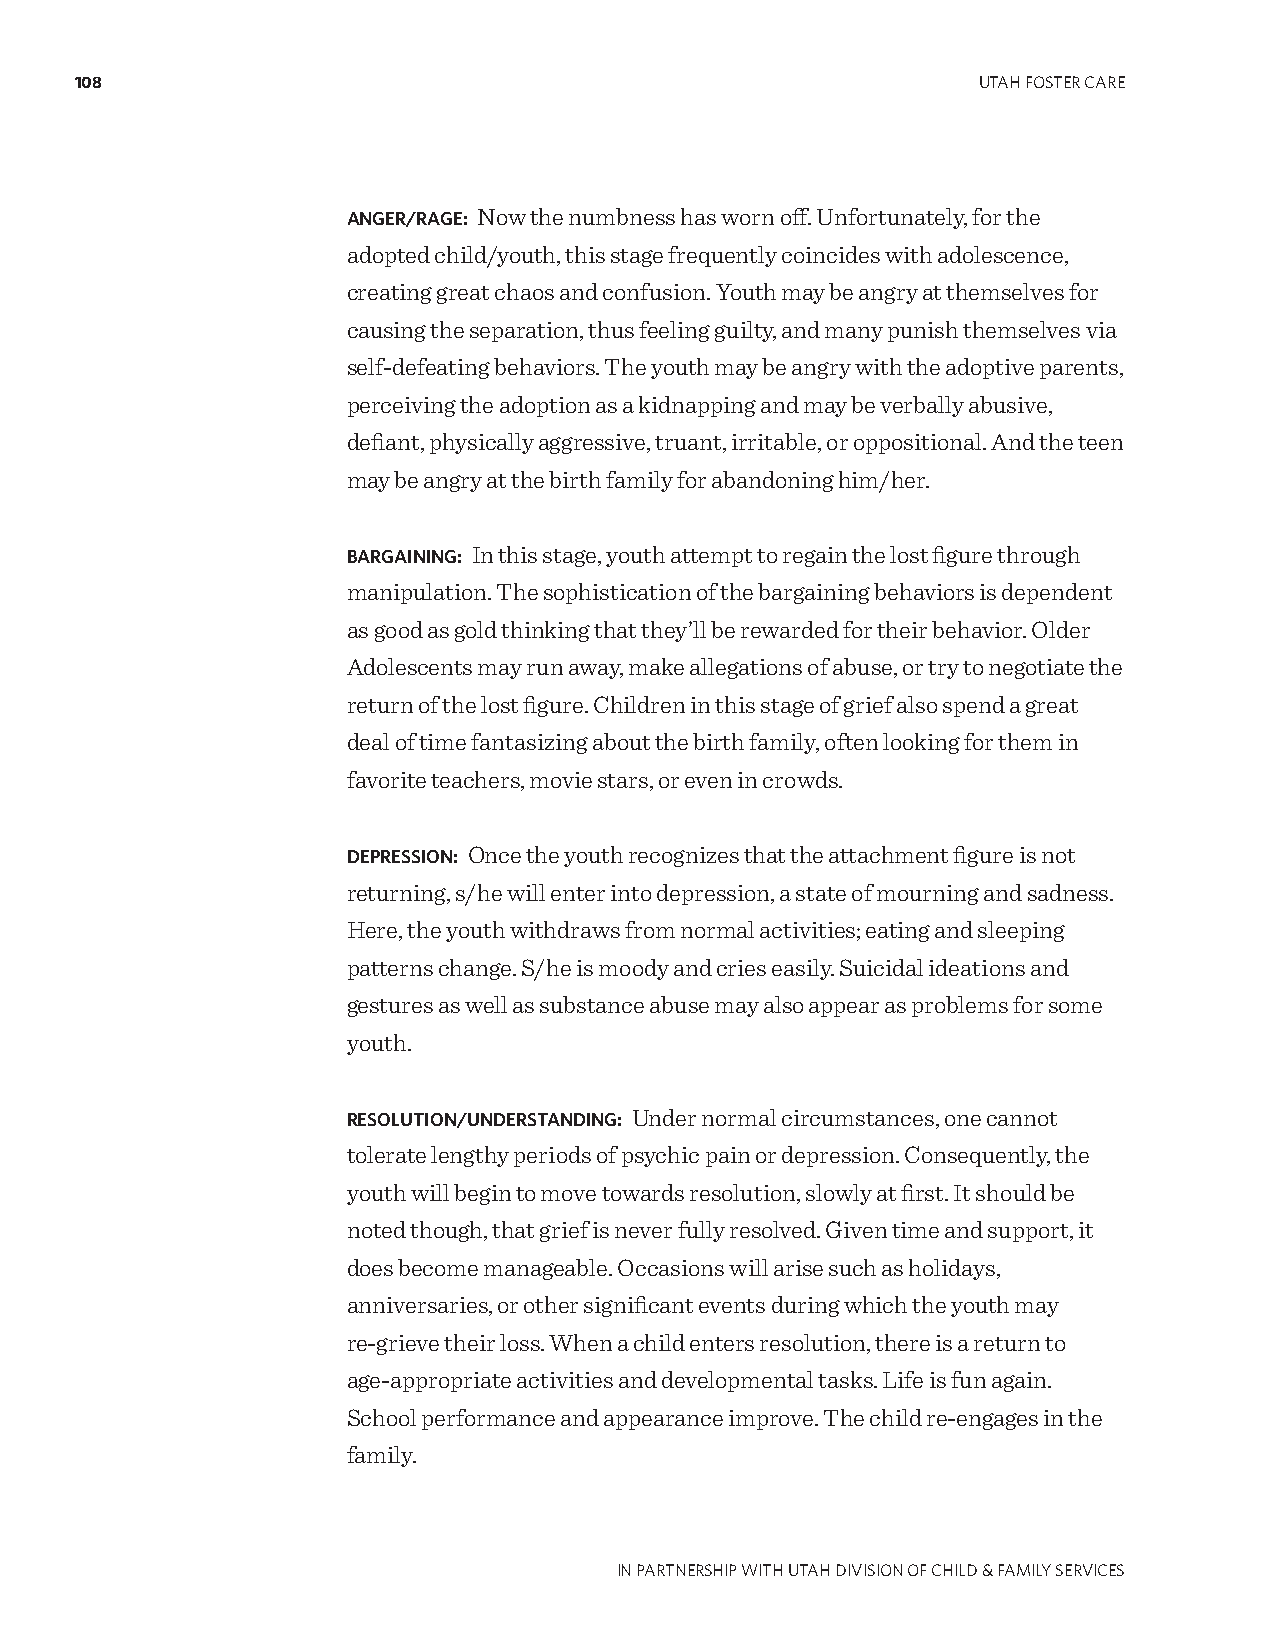
108                                                         UTAH FOSTER CARE
 ANGER/RAGE: Now the numbness has worn off. Unfortunately, for the
 adopted child/youth, this stage frequently coincides with adolescence,
 creating great chaos and confusion. Youth may be angry at themselves for
 causing the separation, thus feeling guilty, and many punish themselves via
 self-defeating behaviors. The youth may be angry with the adoptive parents,
 perceiving the adoption as a kidnapping and may be verbally abusive,
 defiant, physically aggressive, truant, irritable, or oppositional. And the teen
 may be angry at the birth family for abandoning him/her.
 BARGAINING: In this stage, youth attempt to regain the lost figure through
 manipulation. The sophistication of the bargaining behaviors is dependent
 as good as gold thinking that they’ll be rewarded for their behavior. Older
 Adolescents may run away, make allegations of abuse, or try to negotiate the
 return of the lost figure. Children in this stage of grief also spend a great
 deal of time fantasizing about the birth family, often looking for them in
 favorite teachers, movie stars, or even in crowds.
 DEPRESSION: Once the youth recognizes that the attachment figure is not
 returning, s/he will enter into depression, a state of mourning and sadness.
 Here, the youth withdraws from normal activities; eating and sleeping
 patterns change. S/he is moody and cries easily. Suicidal ideations and
 gestures as well as substance abuse may also appear as problems for some
 youth.
 RESOLUTION/UNDERSTANDING: Under normal circumstances, one cannot
 tolerate lengthy periods of psychic pain or depression. Consequently, the
 youth will begin to move towards resolution, slowly at first. It should be
 noted though, that grief is never fully resolved. Given time and support, it
 does become manageable. Occasions will arise such as holidays,
 anniversaries, or other significant events during which the youth may
 re-grieve their loss. When a child enters resolution, there is a return to
 age-appropriate activities and developmental tasks. Life is fun again.
 School performance and appearance improve. The child re-engages in the
 family.
 IN PARTNERSHIP WITH UTAH DIVISION OF CHILD & FAMILY SERVICES